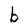
Character: b